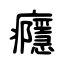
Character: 癮